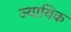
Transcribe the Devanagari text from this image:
ज्यायिक